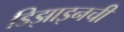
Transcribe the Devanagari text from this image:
डिझाइनची